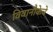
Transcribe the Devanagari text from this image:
विवानौकेचे